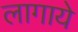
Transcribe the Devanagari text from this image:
लागाये